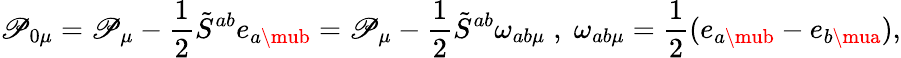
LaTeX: \mathscr{P}_{0\mu}=\mathscr{P}_{\mu}-\frac{{1}}{{2}}\tilde{{S}}^{ab}e_{a\mub}=\mathscr{P}_{\mu}-\frac{{1}}{{2}}\tilde{{S}}^{ab}\omega_{ab\mu}\; ,\; \omega_{ab\mu}=\frac{{1}}{{2}}(e_{a\mub}-e_{b\mua}),